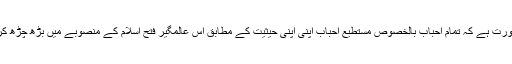
اس لیے ضرورت ہے کہ تمام احباب بالخصوص مستطیع احباب اپنی اپنی حیثیت کے مطابق اس عالمگیر فتح اسلام کے منصوبے میں بڑھ چڑھ کر حصہ لیں’’۔